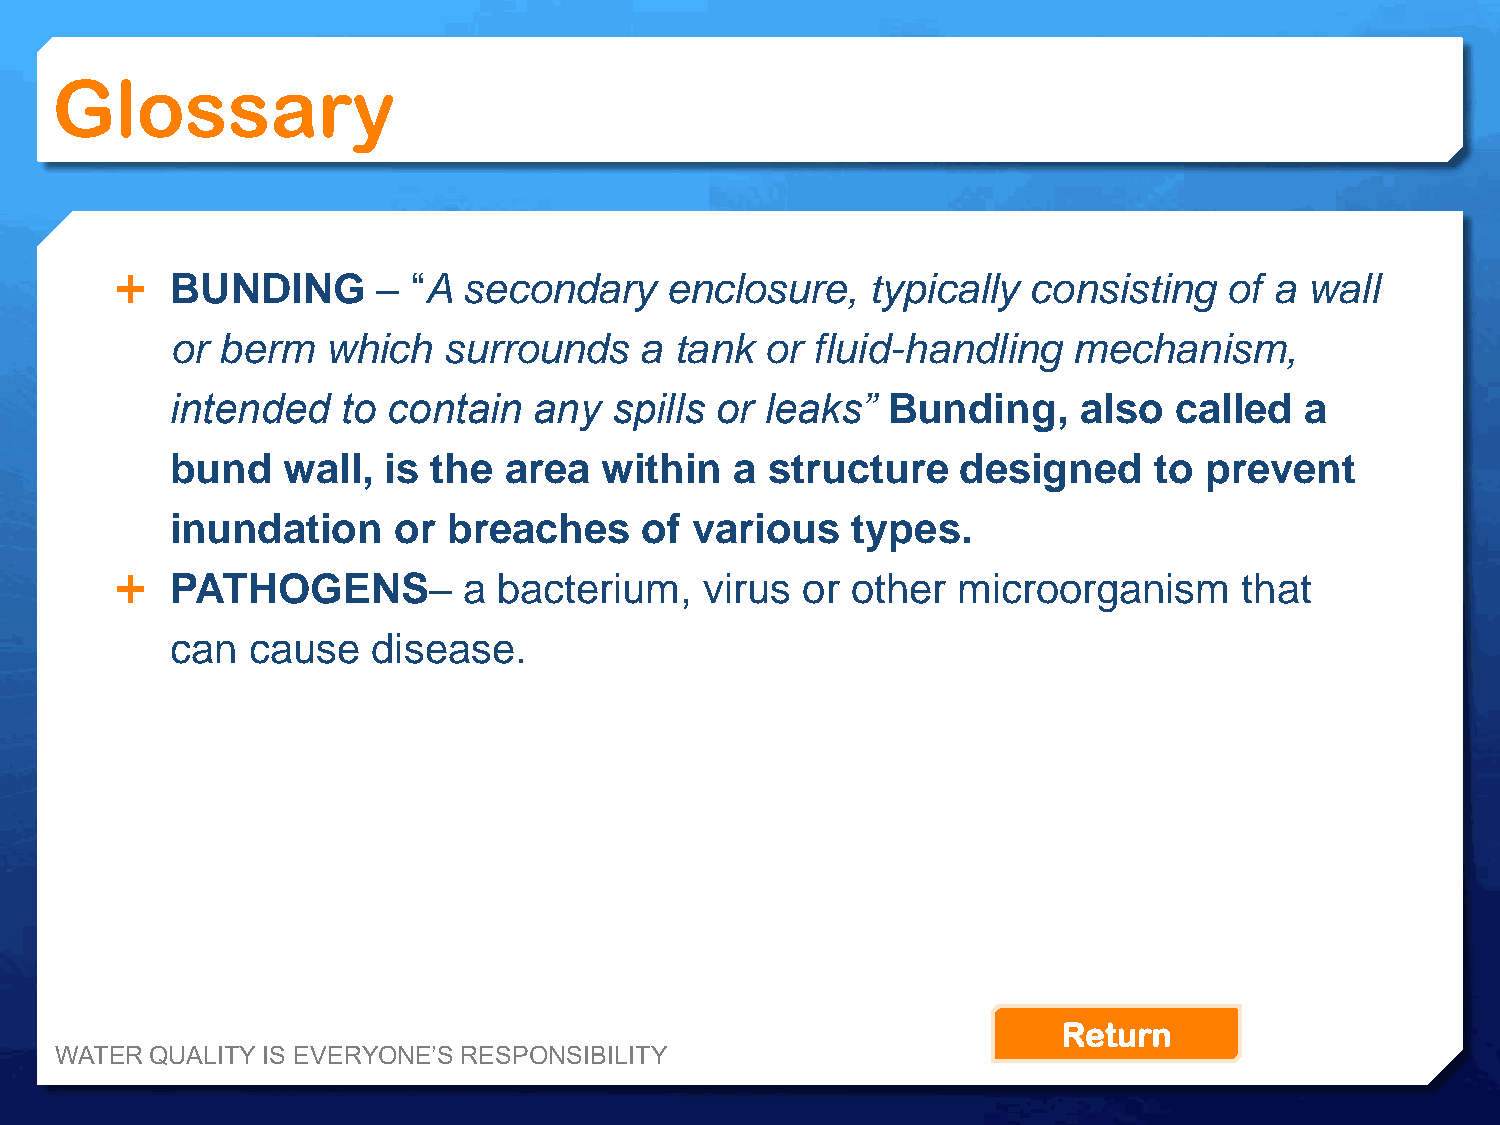
Glossary
   BUNDING       – “A  secondary    enclosure,    typically consisting   of a  wall
 or berm   which   surrounds    a  tank  or fluid-handling   mechanism,
 intended    to contain  any   spills or leaks”  Bunding,     also  called  a
 bund    wall, is  the area   within   a structure    designed    to  prevent
 inundation     or  breaches     of various   types.
   PATHOGENS–          a bacterium,    virus or other  microorganism      that
 can  cause    disease.
 Return
 WATER QUALITY IS EVERYONE’S RESPONSIBILITY